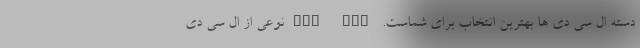
دسته ال سی دی ها بهترین انتخاب برای شماست. TFT TFTنوعی از ال سی دی